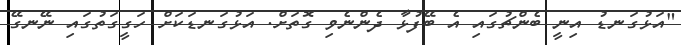
"އަޅުގަނޑު އިނީ ބެންޗުގައި އެ ބޭފުޅާ ދެންނެވި ގޮތަށް. އަޅުގަނޑަކަށް ހަގީގަތުގައި ނޭނގޭ